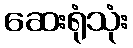
ဆေးရုံသုံး